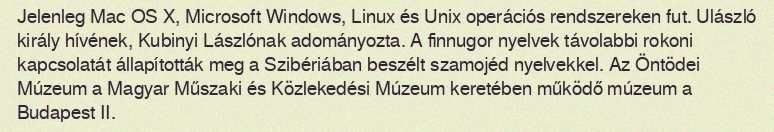
Jelenleg Mac OS X, Microsoft Windows, Linux és Unix operációs rendszereken fut. Ulászló király hívének, Kubinyi Lászlónak adományozta. A finnugor nyelvek távolabbi rokoni kapcsolatát állapították meg a Szibériában beszélt szamojéd nyelvekkel. Az Öntödei Múzeum a Magyar Műszaki és Közlekedési Múzeum keretében működő múzeum a Budapest II.